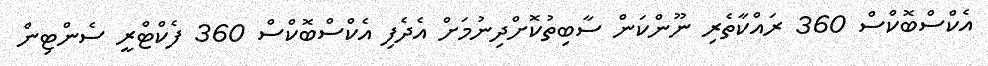
އެކްސްބޮކްސް 360 ރައްކާތެރި ނޫންކަން ސާބިތުކޮށްދިނުމަށް އެދެފި އެކްސްބޮކްސް 360 ފެކްޓްރީ ސެންޓިން